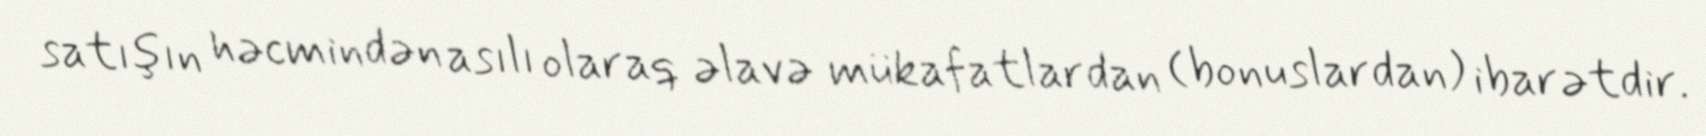
satışın həcmindən asılı olaraq əlavə mükafatlardan (bonuslardan) ibarətdir.